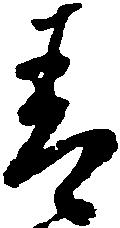
青